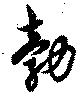
勃